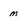
Character: m